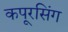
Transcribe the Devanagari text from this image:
कपूरसिंग